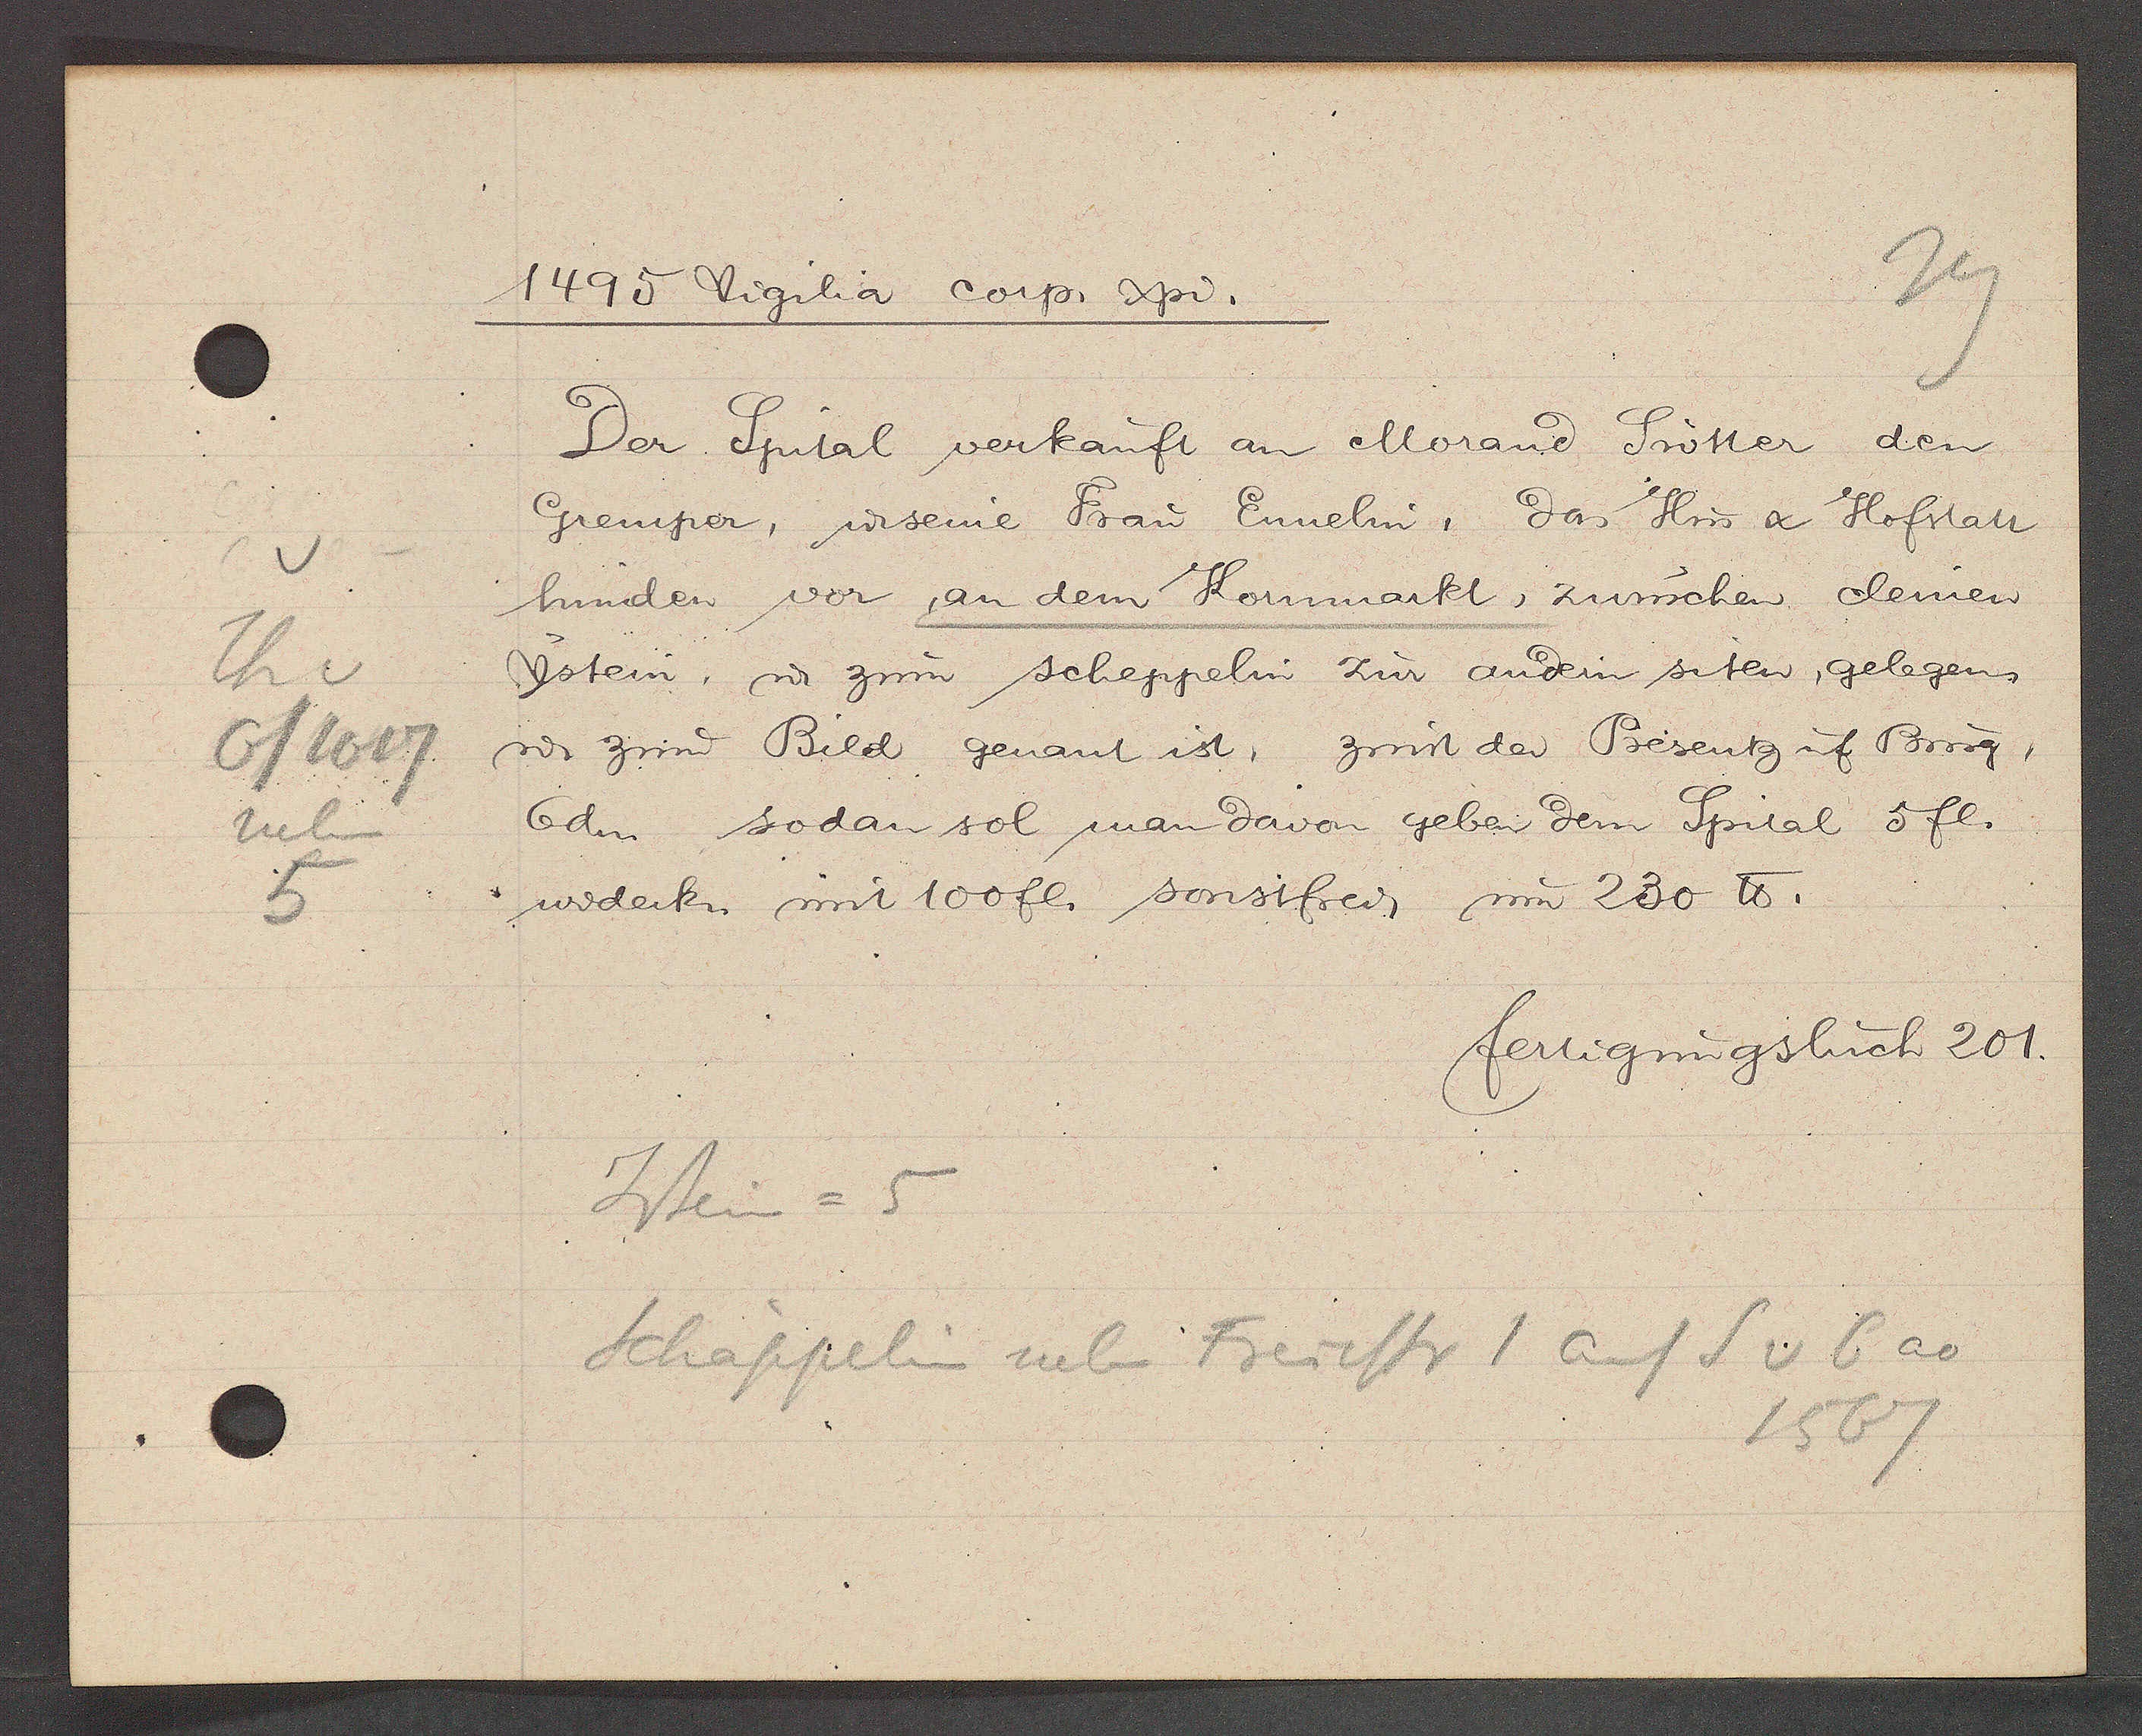
Transcript:
Th v
6/1617
neben
5

1495 Vigilia corp. xpi.

Der Spital verkauft an Morand Srutter den
Gremper, ư seine Frau Ennelin, das Hus & Hofstatt
hinden vor an dem Kornmarkt, zwuschen clemen
Ystein, ư zum scheppelin zur andern siten, gelegens
ư. zum Bild genant ist, zinst der Presentz uf Burg,
 6 dm sodan sol man davon geben dem Spital 5 fl.
widerkn mit 100 fl. sonstfrei, um 230 ℔.

fertigungsbuch 201.

Jstein= 5
Schappelin neb Freieftr 1 auf S v 6 ao
1567